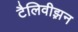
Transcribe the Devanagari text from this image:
टैलिवीझ़न